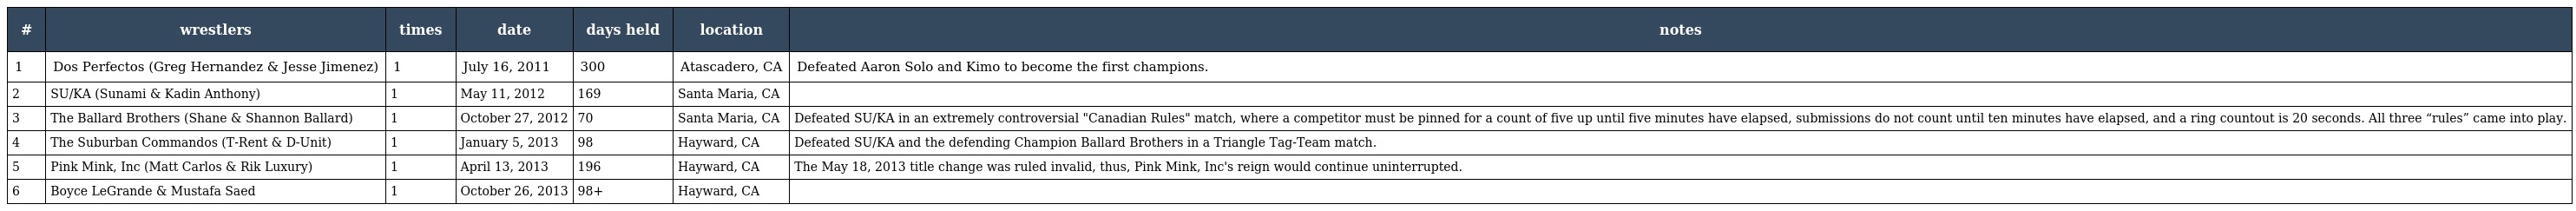
| # | wrestlers | times | date | days held | location | notes |
 | --- | --- | --- | --- | --- | --- | --- |
 | 1 | Dos Perfectos (Greg Hernandez & Jesse Jimenez) | 1 | July 16, 2011 | 300 | Atascadero, CA | Defeated Aaron Solo and Kimo to become the first champions. |
 | 2 | SU/KA (Sunami & Kadin Anthony) | 1 | May 11, 2012 | 169 | Santa Maria, CA |  |
 | 3 | The Ballard Brothers (Shane & Shannon Ballard) | 1 | October 27, 2012 | 70 | Santa Maria, CA | Defeated SU/KA in an extremely controversial "Canadian Rules" match, where a competitor must be pinned for a count of five up until five minutes have elapsed, submissions do not count until ten minutes have elapsed, and a ring countout is 20 seconds. All three “rules” came into play. |
 | 4 | The Suburban Commandos (T-Rent & D-Unit) | 1 | January 5, 2013 | 98 | Hayward, CA | Defeated SU/KA and the defending Champion Ballard Brothers in a Triangle Tag-Team match. |
 | 5 | Pink Mink, Inc (Matt Carlos & Rik Luxury) | 1 | April 13, 2013 | 196 | Hayward, CA | The May 18, 2013 title change was ruled invalid, thus, Pink Mink, Inc's reign would continue uninterrupted. |
 | 6 | Boyce LeGrande & Mustafa Saed | 1 | October 26, 2013 | 98+ | Hayward, CA |  |